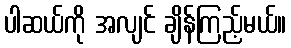
ပါဆယ်ကို အလျင် ချိန်ကြည့်မယ်။